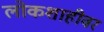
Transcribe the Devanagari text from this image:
लोकशाहीवर